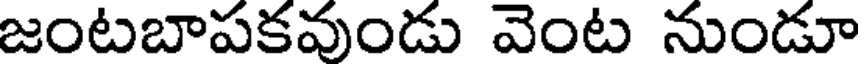
జంటబాపకవుండు వెంట నుండూ